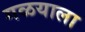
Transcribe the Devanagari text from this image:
गळयाला